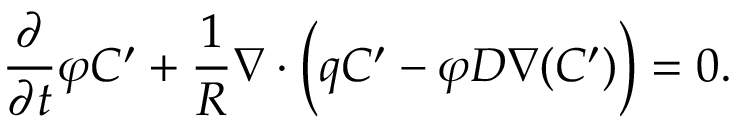
\frac { \partial } { \partial t } \varphi C ^ { \prime } + \frac { 1 } { R } { \boldsymbol { \nabla } } \cdot \Big ( { \boldsymbol { q } } C ^ { \prime } - \varphi D { \boldsymbol { \nabla } } ( C ^ { \prime } ) \Big ) = 0 .